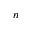
n